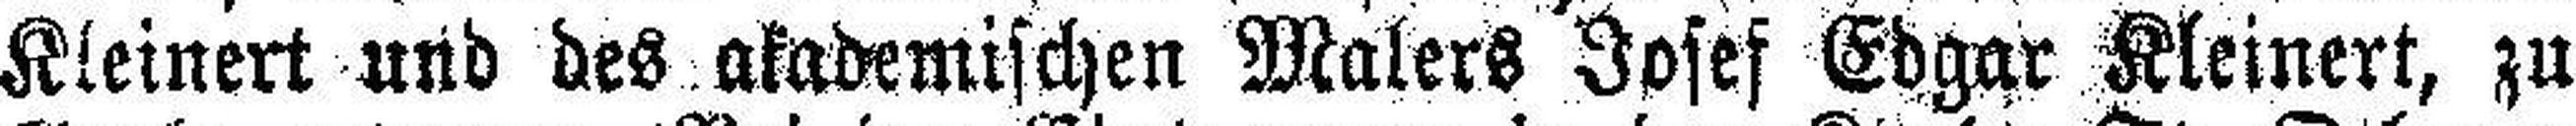
Kleinert und des akademischen Malers Josef Edgar Kleinert, zu